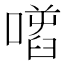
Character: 𠾌